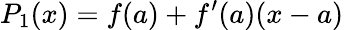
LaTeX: P_{1}(x)=f(a)+f^{\prime}(a)(x-a)